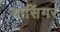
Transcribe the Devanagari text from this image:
बासिंगर